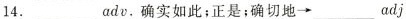
14.______adv.确实如此；正是；确切地→_adj.